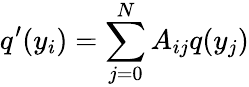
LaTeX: q^{\prime}(y_{i})=\sum_{j=0}^{N}A_{ij}q(y_{j})